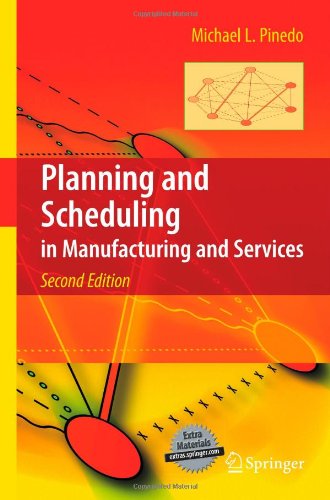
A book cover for Planning and Scheduling in Manufacturing and Services; Michael L. Pinedo; Science & Math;